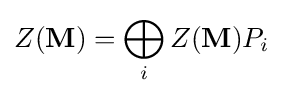
Z(\mathbf {M} )=\bigoplus _{i}Z(\mathbf {M} )P_{i}